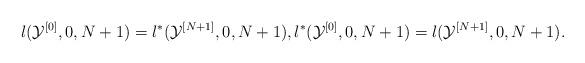
LaTeX: \begin{align*} l(\mathcal Y^{[0]},0,N+1)=l^*(\mathcal Y^{[N+1]},0,N+1), l^*(\mathcal Y^{[0]},0,N+1)=l(\mathcal Y^{[N+1]},0,N+1).\end{align*}